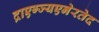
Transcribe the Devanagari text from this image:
द्राएग्ज्यएनेरतेद